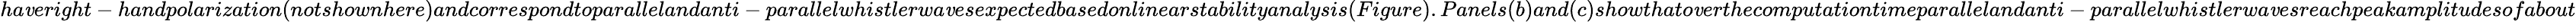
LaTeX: ha\mathit{v}eright-handpolarization(notshownhere)andcorrespondtoparallelandanti-parallelwhistlerwa\mathit{v}esexpectedbasedonlinearstabilityanalysis(Figure).Panels(b)and(c)showthato\mathit{v}erthecomputationtimeparallelandanti-parallelwhistlerwa\mathit{v}esreachpeakamplitudesofabout